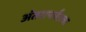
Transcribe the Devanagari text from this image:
अंतरापर्यंतचा